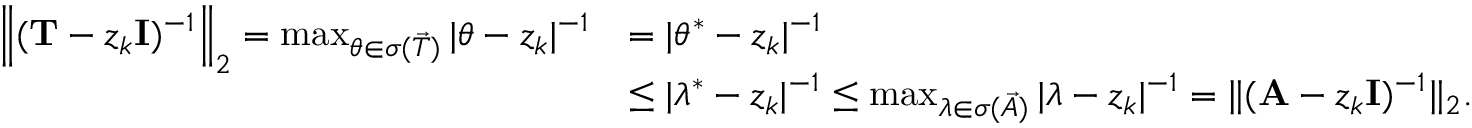
\begin{array} { r l } { \left\| ( \mathbf { T } - z _ { k } \mathbf { I } ) ^ { - 1 } \right\| _ { 2 } = \operatorname* { m a x } _ { \theta \in \sigma ( \vec { T } ) } | \theta - z _ { k } | ^ { - 1 } } & { = | \theta ^ { * } - z _ { k } | ^ { - 1 } } \\ & { \leq | \lambda ^ { * } - z _ { k } | ^ { - 1 } \leq \operatorname* { m a x } _ { \lambda \in \sigma ( \vec { A } ) } | \lambda - z _ { k } | ^ { - 1 } = \| ( \mathbf { A } - z _ { k } \mathbf { I } ) ^ { - 1 } \| _ { 2 } . } \end{array}